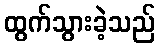
ထွက်သွားခဲ့သည်